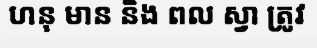
ហនុ មាន និង ពល ស្វា ត្រូវ